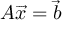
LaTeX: A { \overrightarrow { x } } = { \overrightarrow { b } }